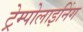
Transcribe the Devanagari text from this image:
ट्रेम्पोलाइनिंग